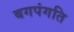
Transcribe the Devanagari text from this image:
बगपंगति